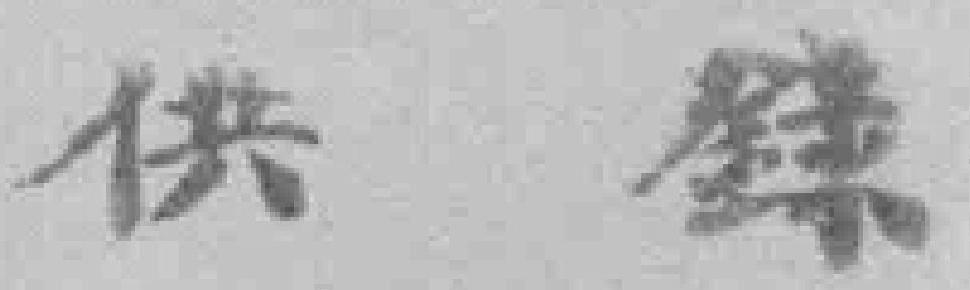
供錄